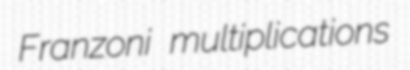
Franzoni multiplications